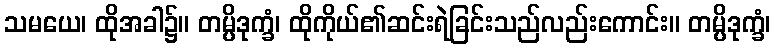
သမယေ၊ ထိုအခါ၌။ တမ္ပိဒုက္ခံ၊ ထိုကိုယ်၏ဆင်းရဲခြင်းသည်လည်းကောင်း။ တမ္ပိဒုက္ခံ၊